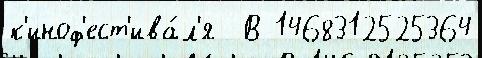
к'иноф'ест'ива́л'я  В 1468312525364